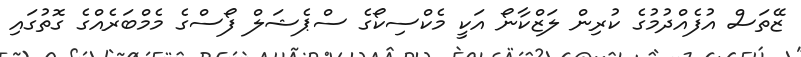
ޒޭތަސް އުފެއްދުމުގެ ކުރިން ލަޒްކާނޯ އަކީ މެކްސިކޯގެ ސްޕެޝަލް ފޯސްގެ މެމްބަރެއްގެ ގޮތުގައި